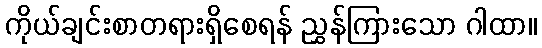
ကိုယ်ချင်းစာတရားရှိစေရန် ညွှန်ကြားသော ဂါထာ။